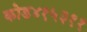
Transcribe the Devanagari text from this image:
कोड४१५३११